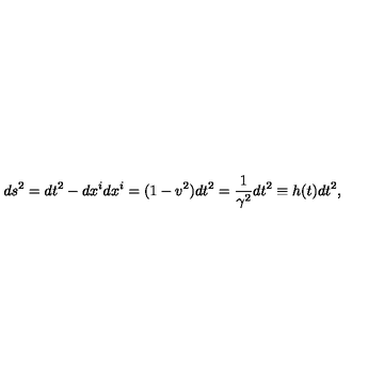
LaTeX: d s ^ { 2 } = d t ^ { 2 } - d x ^ { i } d x ^ { i } = ( 1 - v ^ { 2 } ) d t ^ { 2 } = \frac { 1 } { \gamma ^ { 2 } } d t ^ { 2 } \equiv h ( t ) d t ^ { 2 } ,